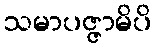
သမာပဇ္ဇာမိပိ